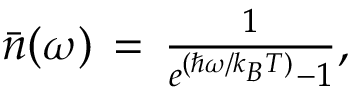
\begin{array} { r } { { } \bar { n } ( \omega ) \, = \, \frac { 1 } { e ^ { ( \hbar \omega / k _ { B } T ) } - 1 } , } \end{array}